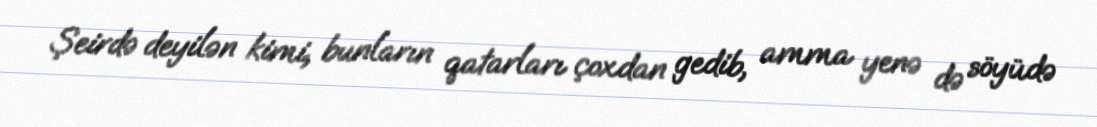
Şeirdə deyilən kimi, bunların qatarları çoxdan gedib, amma yenə də söyüdə